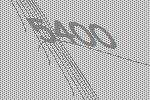
5400